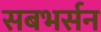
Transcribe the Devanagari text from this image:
सबभर्सन